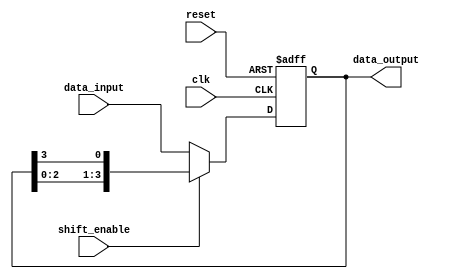
module pipo_shift_register (
    input wire clk,
    input wire reset,
    input wire [3:0] data_input,
    input wire shift_enable,
    output reg [3:0] data_output
);

reg [3:0] pipo_reg;

always @(posedge clk or posedge reset) begin
    if (reset) begin
        pipo_reg <= 4'b0000;
    end else begin
        if (shift_enable) begin
            pipo_reg <= {pipo_reg[2:0], pipo_reg[3]};
        end else begin
            pipo_reg <= data_input;
        end
    end
end

assign data_output = pipo_reg;

endmodule